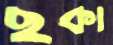
ছকা